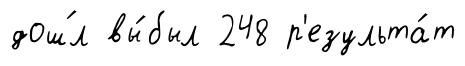
дош́л вы́был 248 р'езульта́т